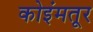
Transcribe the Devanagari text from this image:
कोइंमतूर